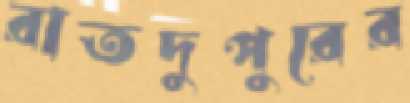
রাতদুপুরের